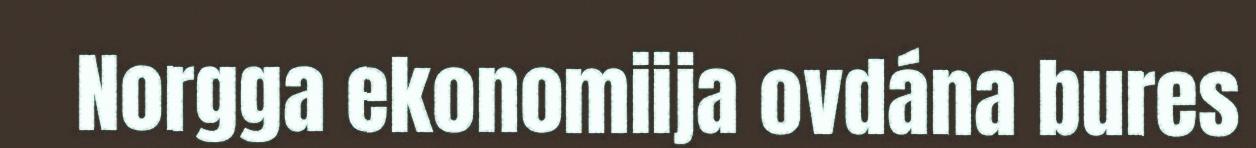
Norgga ekonomiija ovdána bures